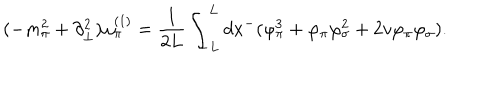
( - m _ { \pi } ^ { 2 } + \partial _ { \bot } ^ { 2 } ) \omega _ { \pi } ^ { ( 1 ) } = \frac { 1 } { 2 L } \int _ { - L } ^ { L } d x ^ { - } ( \varphi _ { \pi } ^ { 3 } + \varphi _ { \pi } \varphi _ { \sigma } ^ { 2 } + 2 v \varphi _ { \pi } \varphi _ { \sigma } ) .